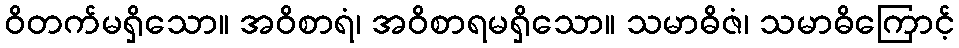
ဝိတက်မရှိသော။ အဝိစာရံ၊ အဝိစာရမရှိသော။ သမာဓိဇံ၊ သမာဓိကြောင့်